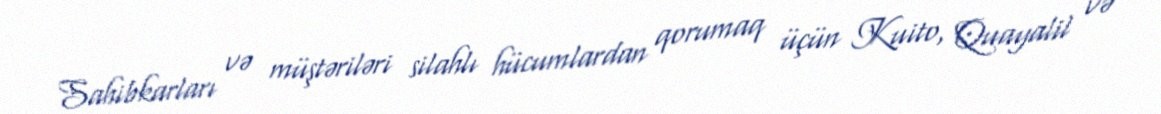
Sahibkarları və müştəriləri silahlı hücumlardan qorumaq üçün Kuito, Quayalil və